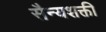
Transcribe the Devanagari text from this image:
सैन्यशक्ती